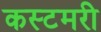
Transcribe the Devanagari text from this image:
कस्टमरी